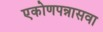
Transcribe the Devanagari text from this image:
एकोणपन्नासवा